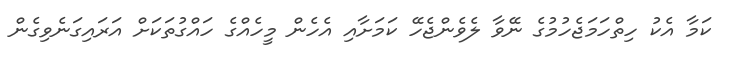
ކަމާ އެކު ހިތްހަމަޖެހުމުގެ ނޭވާ ލެވެންޖެހޭ ކަމަށާއި އެހެން މީހެއްގެ ހައްގުތަކަށް އަރައިގަނެވިގެން